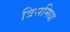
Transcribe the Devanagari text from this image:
त्रिसमिधा